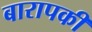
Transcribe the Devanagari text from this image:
बारापकी